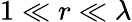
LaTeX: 1\ll r\ll\lambda